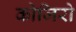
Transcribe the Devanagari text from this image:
कोजिरो